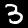
Digit: 3